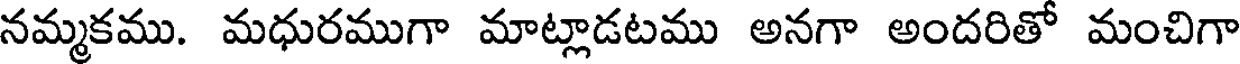
నమ్మకము. మధురముగా మాట్లాడటము అనగా అందరితో మంచిగా